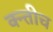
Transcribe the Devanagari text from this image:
क्न्तीच